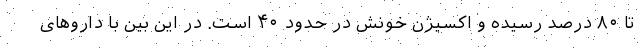
تا ۸۰ درصد رسیده و اکسیژن خونش در حدود ۴۰ است. در این بین با داروهای